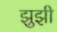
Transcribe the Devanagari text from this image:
झुझी